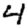
Digit: 4